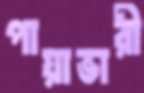
পায়াভারী